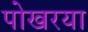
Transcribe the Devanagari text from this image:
पोखरया